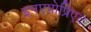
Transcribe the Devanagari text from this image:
इनएप्रोप्रिएट